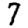
Digit: 7